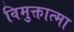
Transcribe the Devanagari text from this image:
विमुक्तात्मा